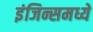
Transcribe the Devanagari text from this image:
इंजिन्समध्ये